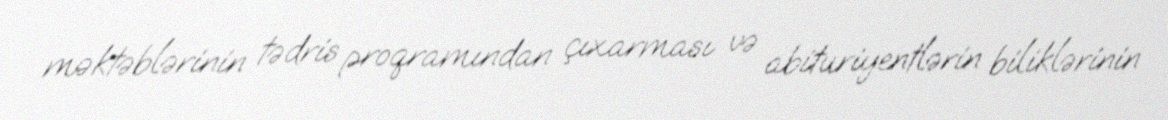
məktəblərinin tədris proqramından çıxarması və abituriyentlərin biliklərinin